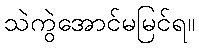
သဲကွဲအောင်မမြင်ရ။